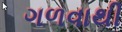
ગળવાથી